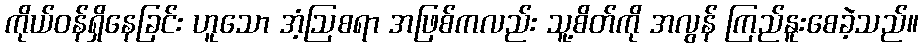
ကိုယ်ဝန်ရှိနေခြင်း ဟူသော အံ့ဩစရာ အဖြစ်ကလည်း သူ့စိတ်ကို အလွန် ကြည်နူးစေခဲ့သည်။